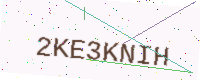
Text: 2KE3KNIH